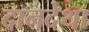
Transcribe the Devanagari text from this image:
दानदेथा